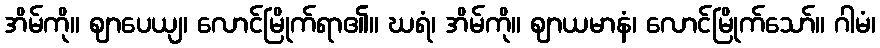
အိမ်ကို။ ဈာပေယျ၊ လောင်မြိုက်ရာ၏။ ဃရံ၊ အိမ်ကို။ ဈာယမာနံ၊ လောင်မြိုက်သော်။ ဂါမံ၊